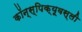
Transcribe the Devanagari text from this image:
कॉन्स्पिक्यूवस्ली